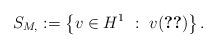
LaTeX: \begin{align*}S_{M,}:= \left\{ v \in H^1_{} \ : \ v (\ref{variational problem 2}) \right\}.\end{align*}